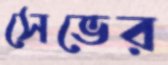
সেভের